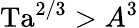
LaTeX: \mathrm{Ta}^{2/3}>A^{3}